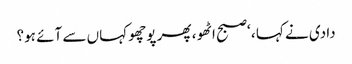
دادی نے کہا ، ‘صبح اٹھو ، پھر پوچھو کہاں سے آئے ہو؟